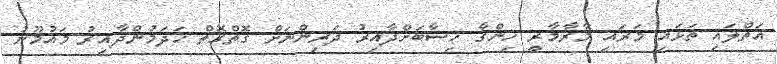
އަތްލައި ތަޅައި މަރައި މާރާމާރީ ހިންގާ ހިސާބަށްދާއިރު ދަރިންނަށް ގޮތްގޮތް ހަދަމުންދާއިރު މައުމޫނު